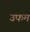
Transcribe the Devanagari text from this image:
उफम